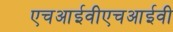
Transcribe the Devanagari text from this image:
एचआईवीएचआईवी